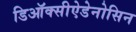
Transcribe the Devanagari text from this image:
डिऑक्सीऐडेनोसिन